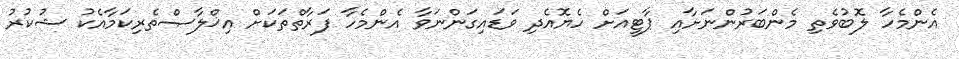
އެންމެހާ ލޮބުވެތި މެންބަރުންނަށާއި ޕާޓީއަށް ހެޔޮއެދި ވަޑައިގަންނަވާ އެންމެހާ ފަރާތްތަކަށް އިޚްލާޞްތެރިކަމާއެކު ޝުކުރު